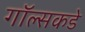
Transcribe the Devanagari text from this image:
गॉल्सकडे